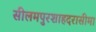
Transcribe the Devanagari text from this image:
सीलमपुरशाहदरासीमा